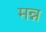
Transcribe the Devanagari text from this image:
मन्न